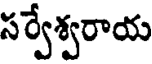
సర్వేశ్వరాయ